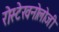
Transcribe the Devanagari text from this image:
रोस्टेखनोलोजी